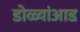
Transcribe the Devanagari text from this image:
डोळ्यांआड